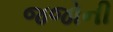
જજોની